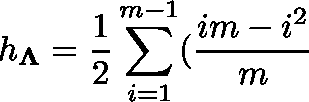
h _ { \mathbf { \Lambda } } = \frac { 1 } { 2 } \sum _ { i = 1 } ^ { m - 1 } ( \frac { i m - i ^ { 2 } } { m }